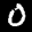
Label: 0